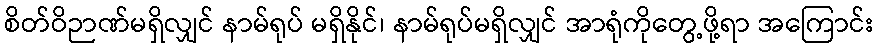
စိတ်ဝိဉာဏ်မရှိလျှင် နာမ်ရုပ် မရှိနိုင်၊ နာမ်ရုပ်မရှိလျှင် အာရုံကိုတွေ့ဖို့ရာ အကြောင်း